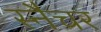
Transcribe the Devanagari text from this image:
स्नैचर